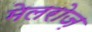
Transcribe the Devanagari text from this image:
मेलरोज़